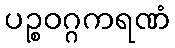
ပဉ္စဝဂ္ဂကရဏံ